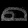
Digit: ၈